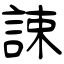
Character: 誎